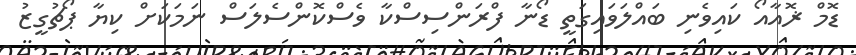
ޑޮމް ޜޮއާއޯ ކައިވެނި ބައްލަވައިގަތީ ޑޯނާ ފްރަންސިސްކާ ވެސްކޮންސެލަސް ނަމަކަށް ކިޔާ ޕޯޗުގީޒު